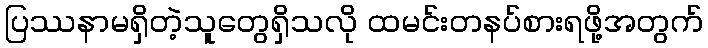
ပြဿနာမရှိတဲ့သူတွေရှိသလို ထမင်းတနပ်စားရဖို့အတွက်